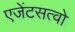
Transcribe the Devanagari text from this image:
एजेंटसत्वो